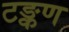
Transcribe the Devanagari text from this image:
टङ्कण